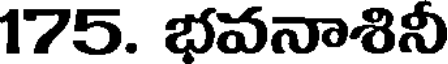
175. భవనాశినీ